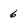
Character: 6